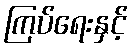
ကြပ်ရေးနှင့်